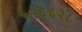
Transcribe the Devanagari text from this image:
५५६६२८